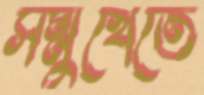
সম্মুখেতে